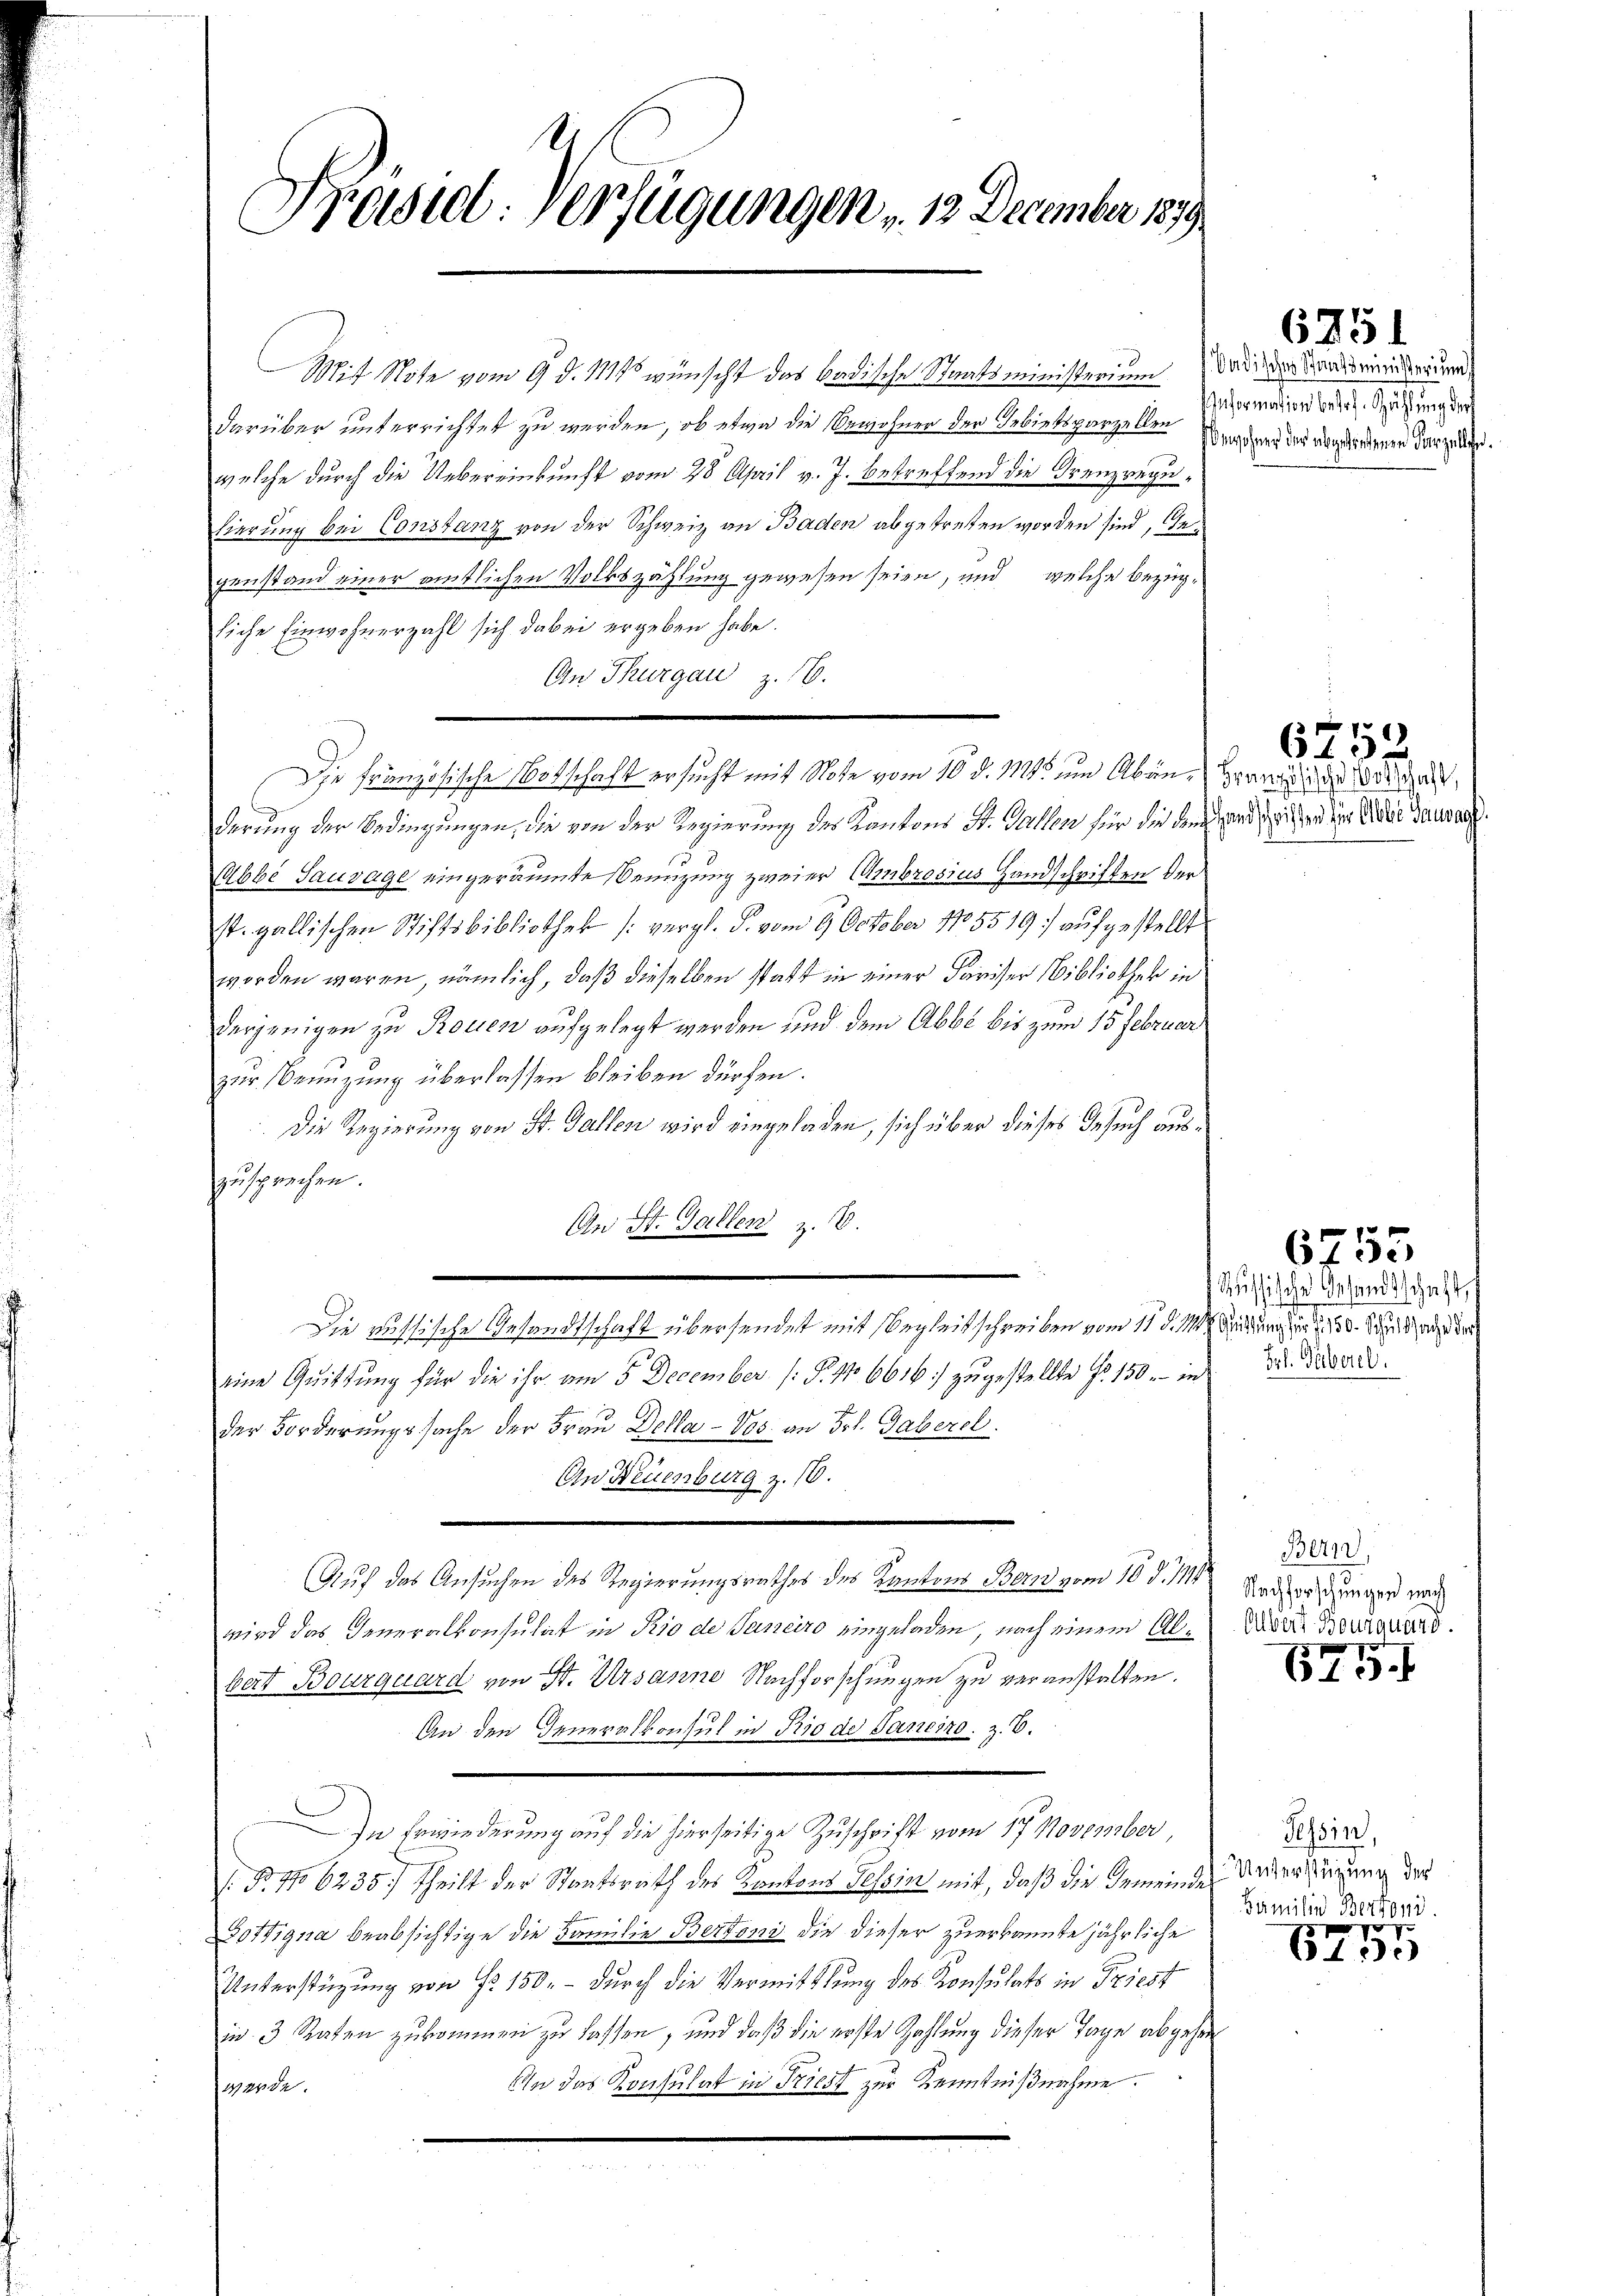
Präsid. Verfügungen v. 13. December 1879.

it Note vom 9. d. 1814 wünscht das badische Staatsministerium das der Landsrenterium
darüber unterrichtet zu werden, ob etwa die Bewohnen der Gebietigenzellen Ermorders der abgeordenen darzelte.
welche durch die Uebereinkunft vom 28 April v. J. betreffend die Grenzregulierung bei Constanz von der Schweiz an Baden abgetreten worden sind, Gegenstand einer amtlichen Volkszählung gewesen seien, und welche bezügliche Einwohnerzahl sich dabei ergeben habe.
An Thurgau z. B.
derung der Bedingungen, die von der Regierung des Kantons St. Gallen für die dreizend, hatten die Eides Gebrach
Mbbé Sauvage eingeräumte Benuzung zweier Ambrosius Handschriften der
st. gallischen Stiftsbibliothek (vergl. P. vom 9. October 1805519 aufgestellt
worden waren, nämlich, daß dieselben statt in einer Pariser Bibliothek in
Derjenigen zu Rouen aufgelegt werden und dem Abbe bis zum 15 Februar
zur Benuzung überlassen bleiben dürfen.
Die Regierung von St. Gallen wird eingeladen, sich über dieses Gesuch aushausprechen.
An St. Gallen z. B.
Die russische Gesandtschaft übersendet mit Begleitschreiben vom 11. d. 11. Sedung der § 160. Schild zu der
eine Quittung für die ihr am 5. December (§. 176616) zugestellte Fr. 150.- in
der Forderungssache der Frau Dolla-Vos an Frl. Gaberol.
3
An Neuenburg z. 16.
Auf das Ansuchen des Regierungsrathes des Kantons Bern vom 10. d. 111 Seiter ungen wi
wird das Generalkonsulat in Rio de Janeiro eingeladen, nach einem Al. Wider Bauwerd
bert Bourquard von St. Ursanne Nachforschungen zu veranstalten.
An den Generalkonsul in Rio de Sancizo. z. B.
In Erwiederung auf die hierseitige Zuschrift vom 17. November
I. B. No 6235/ theilt der Staatsrath des Kantons Tessin mit, daß die Gemeinde Unterstüzung des
Gottigna beabsichtige die Familie Bertoni die dieser zuerkannte jährliche
Unterstüzung von Fr. 150. – durch die Vermittlung des Konsulats in Griest
in 3 Raten zukommen zu lassen, und daß die erste Zahlung dieser Tage abgehen
An das Konsulat in Friest zur Kenntnißnahme.
werde.

Die Französische Notschaft ersucht mit Note vom 10. d. M. um Aben, verwenige Verhalt

6751

Information betr. Zählung der

675

Russische Gesandtschaft,
Frl. Guberel

6755

Bern,

675.

Tessin,
Familie Bertoni.

8275